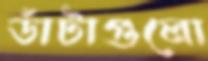
ডাঁটাগুলো